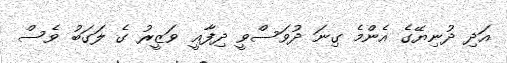
އަދި ދުނިޔޭގެ އެންމެ ގިނަ ދުވަސްވީ ދިފާޢީ ވަޒީރު ގެ ލަގަބު ވެސް